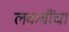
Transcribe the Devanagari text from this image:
लकबींचा